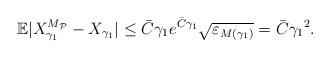
LaTeX: \begin{align*}\mathbb{E}\vert {X}^{M_\mathcal{P}}_{\gamma_1}-X_{\gamma_1}\vert\leq \bar{C}{\gamma_1} e^{\bar{C}{\gamma_1}}\sqrt{\varepsilon_{M({\gamma_1})}}=\bar{C}{\gamma_1}^2.\end{align*}